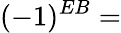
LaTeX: (-1)^{EB}=